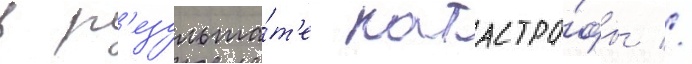
в р'езульта́т'е катастро́фы //